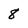
Character: 8